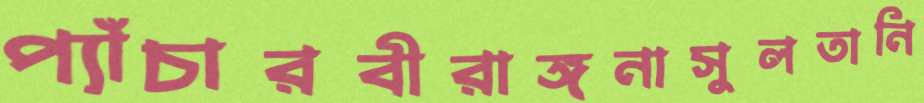
প্যাঁচারবীরাঙ্গনাসুলতানি